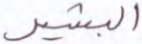
البشير